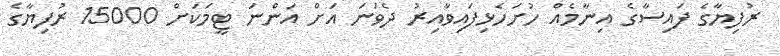
ރުފިޔާގެ ފައިސާގެ އިނާމެއް ހުށަހެޅިފައިވާއިރު ދެވަނަ އަށް އަންނަ ޓީމަކަށް 15000 ރުފިޔާގެ